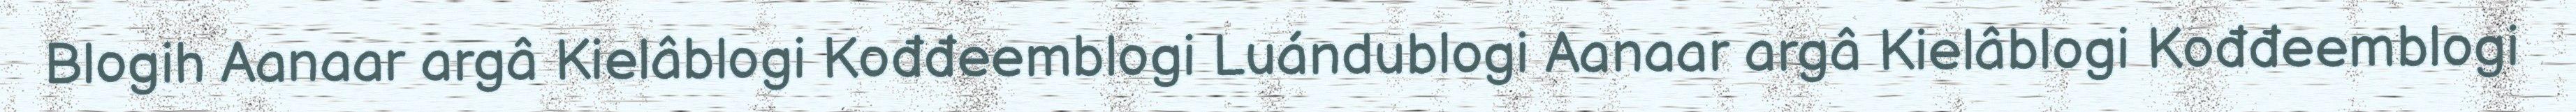
Blogih Aanaar argâ Kielâblogi Kođđeemblogi Luándublogi Aanaar argâ Kielâblogi Kođđeemblogi